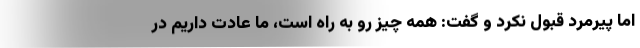
اما پیرمرد قبول نکرد و گفت: همه چیز رو به راه است، ما عادت داریم در